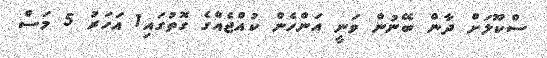
ސްކޫލަށް ދާން ބޭނުން ވަނީ އަންހެން ކުއްޖެއްގެ ގޮތުގައި1 އަހަރު 5 މަސް